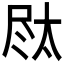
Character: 𪨐